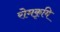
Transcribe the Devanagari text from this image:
रोमकृमि